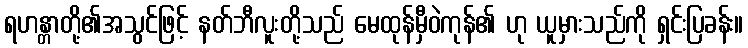
ရဟန္တာတို့၏အသွင်ဖြင့် နတ်ဘီလူးတို့သည် မေထုန်မှီဝဲကုန်၏ ဟု ယူမှားသည်ကို ရှင်းပြခန်း။